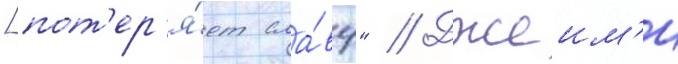
[пот'ер'я́ет сла́ву" // Джеим'и